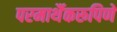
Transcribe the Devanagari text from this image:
परमार्थैकरूपिणे